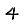
Digit: 4